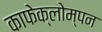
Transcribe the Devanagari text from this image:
काफेक्लोम्पन